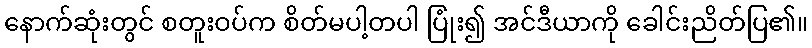
နောက်ဆုံးတွင် စတူးဝပ်က စိတ်မပါ့တပါ ပြုံး၍ အင်ဒီယာကို ခေါင်းညိတ်ပြ၏။